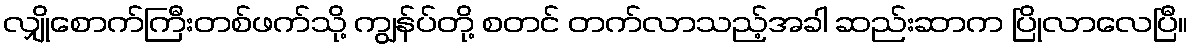
လျှိုစောက်ကြီးတစ်ဖက်သို့ ကျွန်ပ်တို့ စတင် တက်လာသည့်အခါ ဆည်းဆာက ပြိုလာလေပြီ။